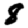
Digit: 8